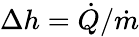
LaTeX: \Delta h=\dot{Q}/\dot{m}